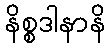
နိစ္စဒါနာနိ